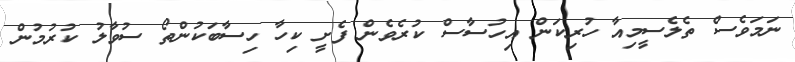
ނަމަވެސް ތެލެސީމިއާ ހުރިކަން އިހުސާސް ކުރެވެން ފެށީ ކިހާ ހިސާބަކުންތޯ ސުވާލު ކުރުމުން